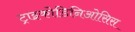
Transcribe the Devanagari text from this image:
ट्राइकोडिनिओसिस